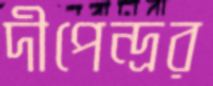
দীপেন্দ্রর